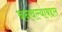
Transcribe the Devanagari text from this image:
बनवल्याबद्दल